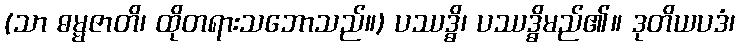
(သာ ဓမ္မဇာတိ၊ ထိုတရားသဘောသည်။) ပဿဒ္ဓိ၊ ပဿဒ္ဓိမည်၏။ ဒုတိယပဒံ၊